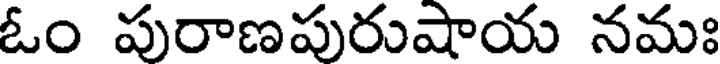
ఓం పురాణపురుషాయ నమః